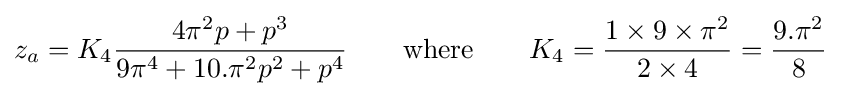
z_{a}=K_{4}{\frac {4\pi ^{2}p+p^{3}}{9\pi ^{4}+10.\pi ^{2}p^{2}+p^{4}}}\qquad {\text{where}}\qquad K_{4}={\frac {1\times 9\times \pi ^{2}}{2\times 4}}={\frac {9.\pi ^{2}}{8}}